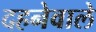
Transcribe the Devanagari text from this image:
दहनेवाले